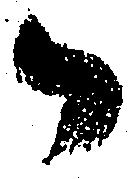
御